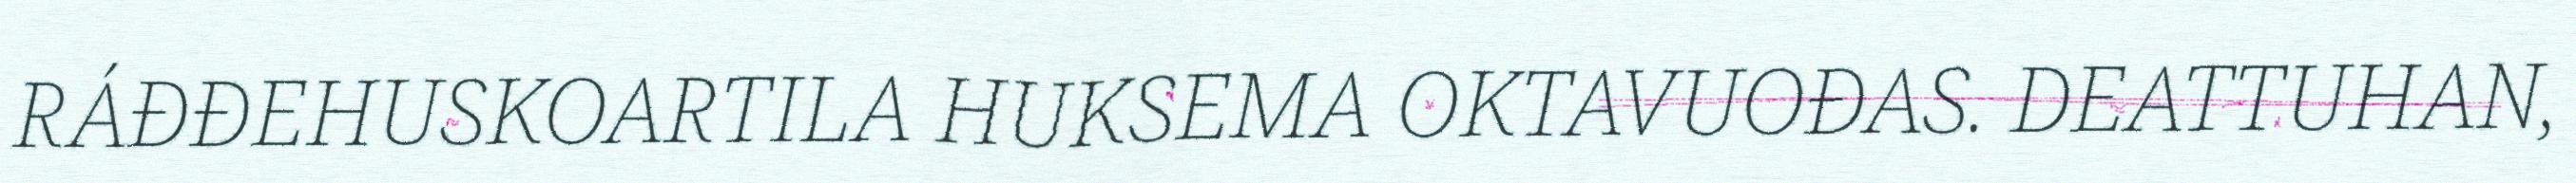
RÁĐĐEHUSKOARTILA HUKSEMA OKTAVUOĐAS. DEATTUHAN,